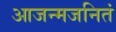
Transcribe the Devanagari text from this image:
आजन्मजनितं